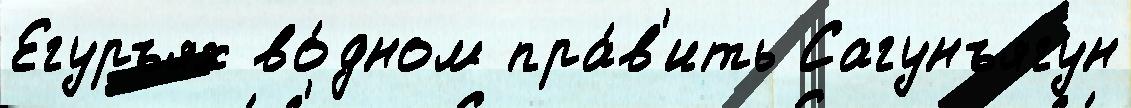
Егуръях во́дном пра́в'ить Сагунъягун